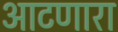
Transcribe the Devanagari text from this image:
आटणारा